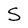
Character: S